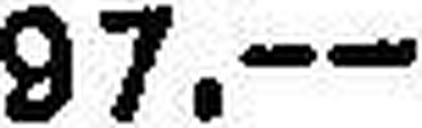
97.—